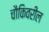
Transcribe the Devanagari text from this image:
चौकिवरील